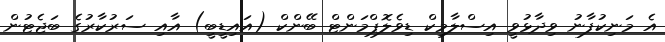
އެ މަނިކުފާނު ވިދާޅުވީ އިސްލާމިކް ޑިވެލޮޕްމަންޓް ބޭންކް (އައިޑީބީ) އާއި ސަރުކާރުގެ ބަޖެޓުން